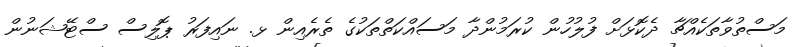
މަސްތުވާތަކެއްޗާ ދެކޮޅަށް ފުލުހުން ކުރަމުންދާ މަސައްކަތްތަކުގެ ތެރެއިން ޅ. ނައިފަރު ޕޮލިސް ސްޓޭޝަނުން